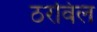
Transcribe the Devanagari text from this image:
ठरविल